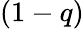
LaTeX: (1-q)